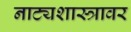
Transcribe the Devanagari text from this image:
नाट्यशास्त्रावर